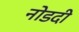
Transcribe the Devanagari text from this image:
नोडदी